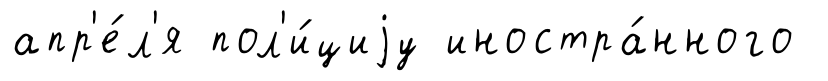
апр'е́л'я пол'и́циjу иностра́нного